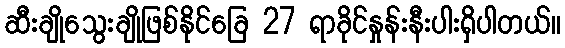
ဆီးချိုသွေးချိုဖြစ်နိုင်ခြေ 27 ရာခိုင်နှုန်းနီးပါးရှိပါတယ်။